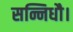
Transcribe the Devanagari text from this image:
सन्निधौ।